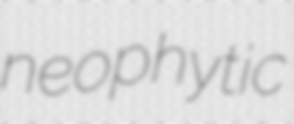
neophytic